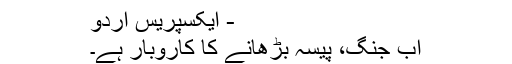
- ایکسپریس اردو
اب جنگ، پیسہ بڑھانے کا کاروبار ہے۔